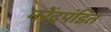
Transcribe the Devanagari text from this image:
नरेंद्रपंडित